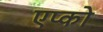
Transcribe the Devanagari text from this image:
एप्को